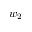
w _ { 2 }